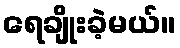
ရေချိုးခဲ့မယ်။